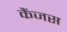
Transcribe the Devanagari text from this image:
कैंजस